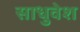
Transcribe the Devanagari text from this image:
साधुवेश